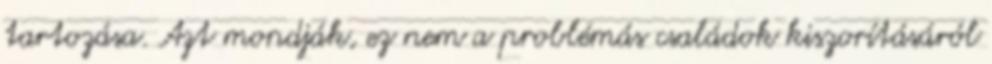
tartozása. Azt mondják, ez nem a problémás családok kiszorításáról